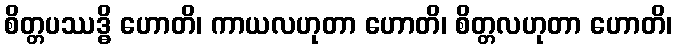
စိတ္တပဿဒ္ဓိ ဟောတိ၊ ကာယလဟုတာ ဟောတိ၊ စိတ္တလဟုတာ ဟောတိ၊